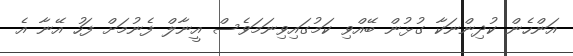
އަންހެން ކުދިންނަކާ ގުޅުން ބޭއްވި ކަމުގައިވިނަމަވެސް އީނާލް ފެނުމަށް ފަހު އޭނާ އެ